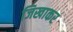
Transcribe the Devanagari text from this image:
जिखाकर